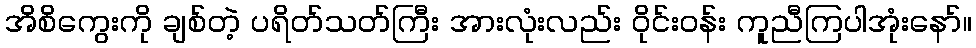
အိစိကွေးကို ချစ်တဲ့ ပရိတ်သတ်ကြီး အားလုံးလည်း ဝိုင်းဝန်း ကူညီကြပါအုံးနော်။